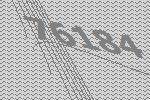
76184